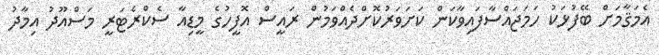
އެމަޤާމަށް ބޭފުޅަކު ހަމަޖައްސާފައިވާކަން ކަށަވަރުކޮށްދެއްވަމުން ރައީސް އޮފީހުގެ މީޑިއާ ސެކްރެޓަރީ މަސްއޫދު އިމާދު